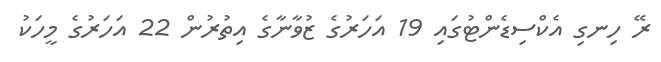
ރޭ ހިނގި އެކްސިޑެންޓުގައި 19 އަހަރުގެ ޒުވާނާގެ އިތުރުން 22 އަހަރުގެ މީހަކު